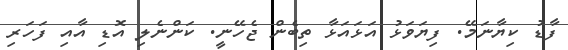
ފާޑު ކިޔާނަމޭ. ފިޔަވަޅު އަޅައަޅާ ތިބެން ޖެހޭނީ. ކަންނެލި އޮޑި އާއި ފަހަރި